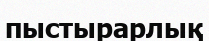
пыстырарлық